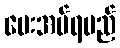
ပေးအပ်ရမည်